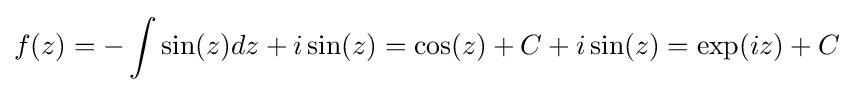
f(z)=-\int \sin(z)dz+i\sin(z)=\cos(z)+C+i\sin(z)=\exp(iz)+C